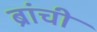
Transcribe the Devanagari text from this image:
ब्रांची